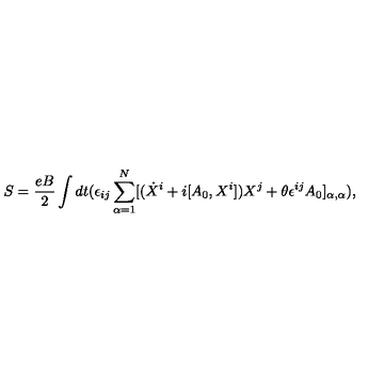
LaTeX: S = \frac { e B } { 2 } \int d t ( \epsilon _ { i j } \sum _ { \alpha = 1 } ^ { N } [ ( \dot { X } ^ { i } + i [ A _ { 0 } , X ^ { i } ] ) X ^ { j } + \theta \epsilon ^ { i j } A _ { 0 } ] _ { \alpha , \alpha } ) ,